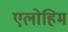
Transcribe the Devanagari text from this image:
एलोहिम